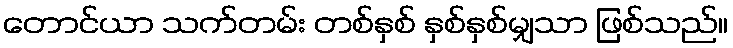
တောင်ယာ သက်တမ်း တစ်နှစ် နှစ်နှစ်မျှသာ ဖြစ်သည်။